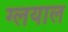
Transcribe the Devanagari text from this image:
ग्लयाल